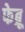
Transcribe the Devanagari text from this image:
फेब्रू